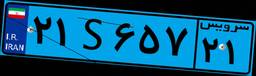
۷۰S۰۲۴۶۸